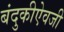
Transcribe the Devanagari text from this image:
बंदुकीऐवजी